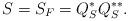
LaTeX: \begin{align*} S=S_F=Q_S^*Q_S^{**}.\end{align*}